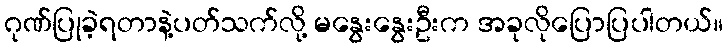
ဂုဏ်ပြုခဲ့ရတာနဲ့ပတ်သက်လို့ မနွေးနွေးဦးက အခုလိုပြောပြပါတယ်။